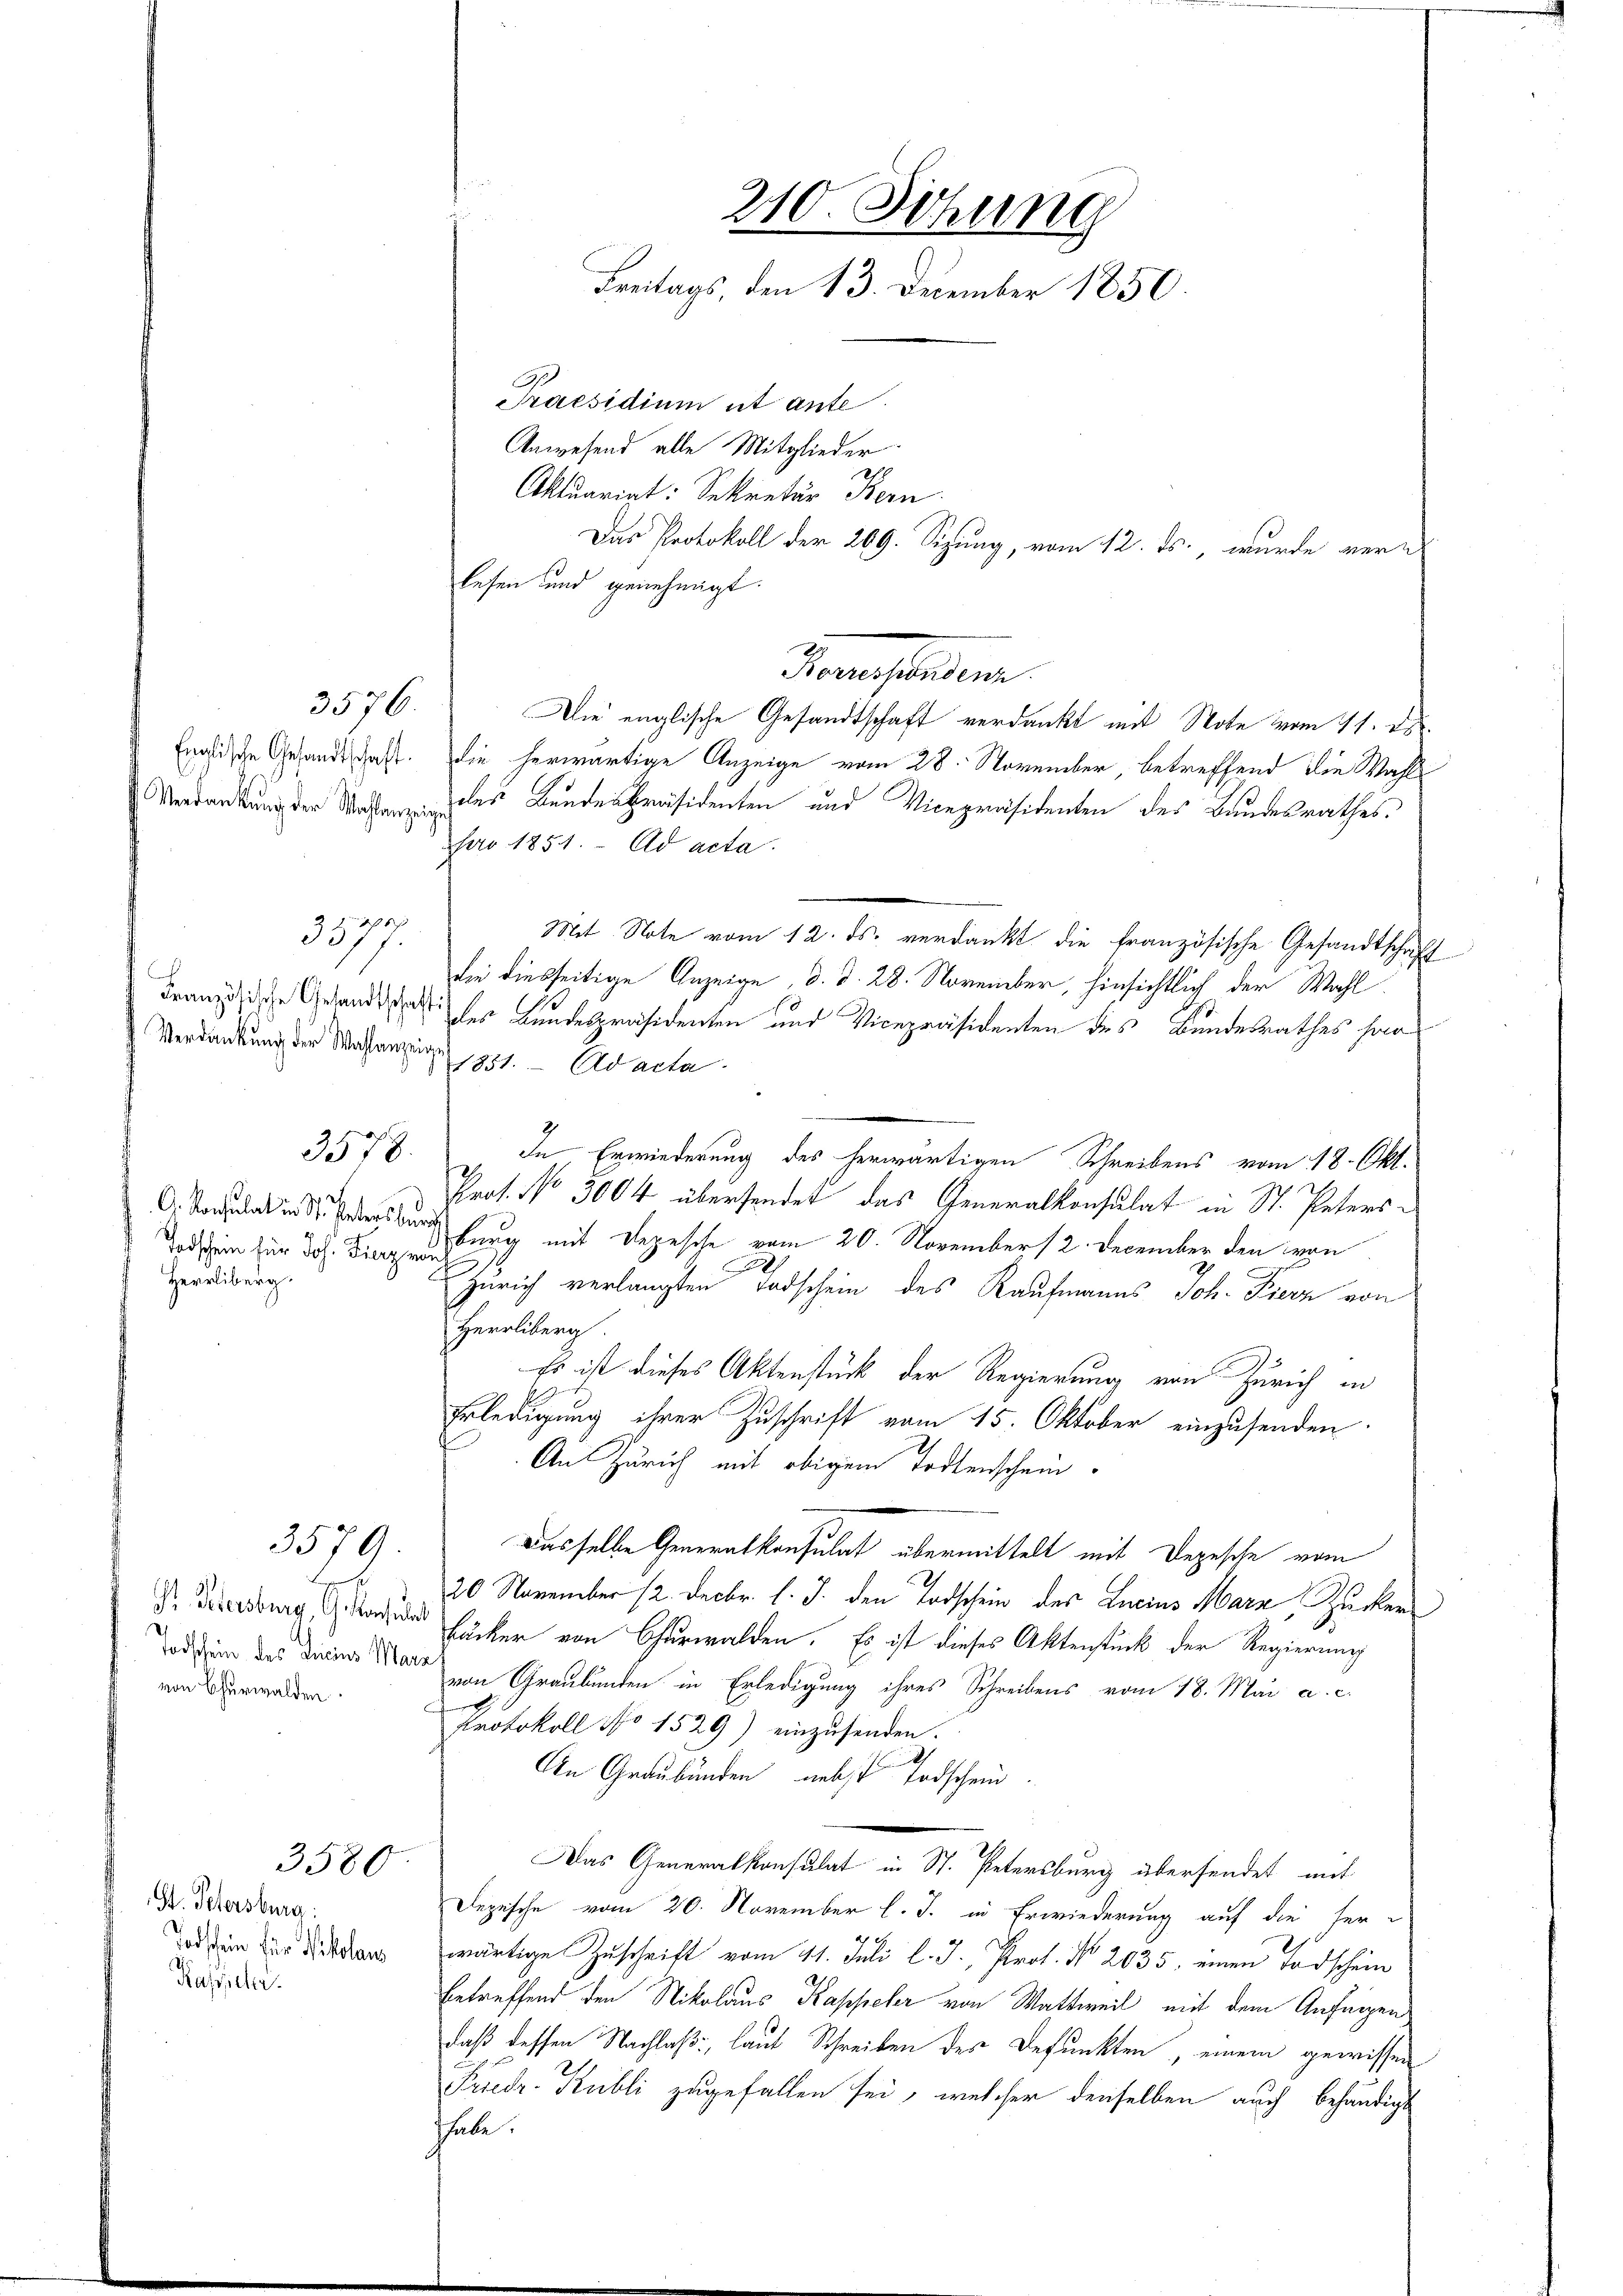
3570

St. Petersburg:
Kapseler.

3578.

O. Konsulat in St. Paters Burc
Herrliberg.

Gr. Petersburg, G. Konsulat
von Churwalden

3580

Praesidium et ante
Anwesend alle Mitglieder
.
Aktuariat: Sekretär Bern
lesen und genehmigt.
3576. Die englische Gesandtschaft verdankt mit Note vom 11. ds.
Engische Gesandt hast. Die herwärtige Anzeige vom 28. November, betreffend die Wahl¬
 Knräsidenten und Vicepräsidenten des Bundesrathes.
pro 1851. Ad acta.
Mit Note vom 12. ds. verdankt die französische Gesandtschaft
die diesseitige Anzeige, d. d. 28. November, hinsichtlich der Wahl
Franzische Gesandtschaftigter Bundespräsidenten und Vicepräsidenten des Bundesrathes sor¬
Verdankung der Wahlanzeigen 1821. Ad acta
In Erwiederung des herwärtigen Schreibens vom 18. Okt.
.
Prof. No 3004 übersendet das Generalkonsulat in St. Peters
Todschen für Joh. Fingerung mit Depesche vom 20. November 12. December den von
2
Zürich verlangten Todschein des Kaufmanns Joh. Fierz von
Herrliberg
Es ist dieses Aktenstück der Regierung von Zürich in
Erledigung ihrer Zuschrift vom 15. Oktober einzusenden.
An Zürich mit obigem Todtenschein
3579. Dasselbe Generalkonsulat übermittelt mit Depesche vom
20 November 12. Decbr. l. J. den Todschein des Lucius Marz, Zucker
Bäcker von Churwalden. Es ist dieses Aktenstück der Regierung
od in das dicines der von Graubünden in Erledigung ihres Schreibens vom 18. Mai a. c.
.
Protokoll No 1529) einzusenden.
An Graubünden, nebst Todschein
Das Generalkonsulat in St. Petersburg übersendet mit
Depesche vom 20. November l. J. in Erwiederung auf die fer¬
 um der diesen wärtige Zuschrift vom 11. Juli l. J., Prof. No 2635. einen Todschein
betreffend den Nikolaus Kappeler von Wattweil mit dem Anfüggens
daß dessen Nachlaß, laut Schreiben des Befunkten, einem gewissen
Friedr. Kubli zugefallen sei, welcher denselben auch behändigt
hhabe.

310. Sitzung
Freitags, den 13. December 1850.

Das Protokoll der 269. Sizung, vom 12. ds., wurde ver¬

Formeladen

d